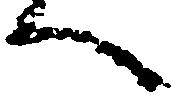
へ